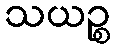
သယဉ္စ